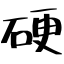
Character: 硬